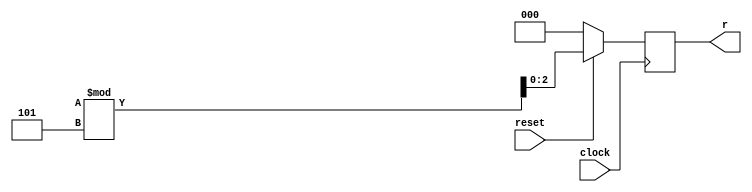
module random (clock, reset, r);
    input clock, reset;
    output reg [2:0] r;
    
    always @(posedge clock)
    begin
        if (~reset)
            r <= 0;
        else
        begin
            r <= {$random} % 5;
        end    
    end
    
endmodule